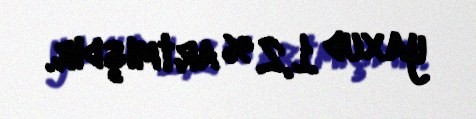
yaxud 1,2 % artmışdır.